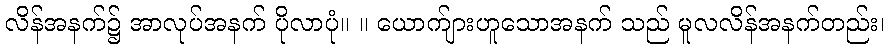
လိန်အနက်၌ အာလုပ်အနက် ပိုလာပုံ။ ။ ယောက်ျားဟူသောအနက် သည် မူလလိန်အနက်တည်း၊